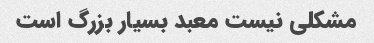
مشکلی نیست معبد بسیار بزرگ است